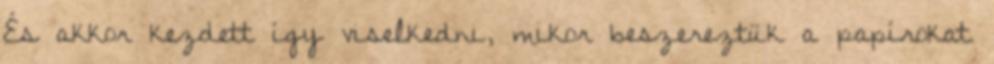
És akkor kezdett így viselkedni, mikor beszereztük a papírokat